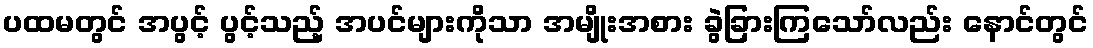
ပထမတွင် အပွင့် ပွင့်သည့် အပင်များကိုသာ အမျိုးအစား ခွဲခြားကြသော်လည်း နောင်တွင်